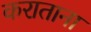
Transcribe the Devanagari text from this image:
कराताना